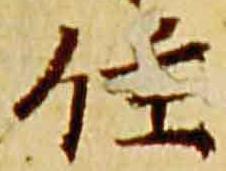
住